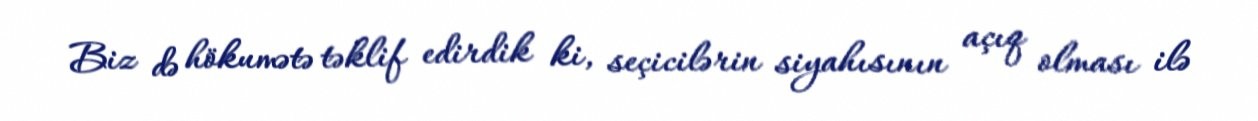
Biz də hökumətə təklif edirdik ki, seçicilərin siyahısının açıq olması ilə